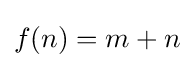
f(n)=m+n